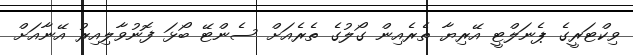
ވިކްޓަރީގެ ޕެނަލްޓީ އޭރިޔާ ތެރެއިން ގޯލުގެ ތެރެއަށް ސެންޓޭ ބޯޅަ ފޮނުވާލިއިރު އޭނާއަށް